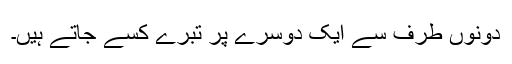
دونوں طرف سے ایک دوسرے پر تبرے کسے جاتے ہیں۔